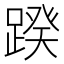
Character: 䠏